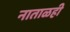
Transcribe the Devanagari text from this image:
नाताळही